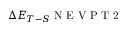
\Delta E _ { T - S } \mathrm { ~ N ~ E ~ V ~ P ~ T ~ 2 ~ }